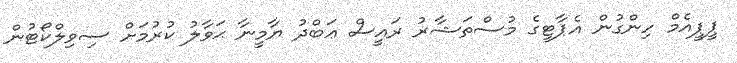
ޕީޕީއެމް ހިންގުން އެޕާޓީގެ މުސްތަޝާރު ރައީސް ޢަބްދު ޔާމީނާ ޙަވާލު ކުރުމަށް ސިވިލްކޯޓުން